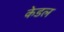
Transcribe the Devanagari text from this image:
केडल